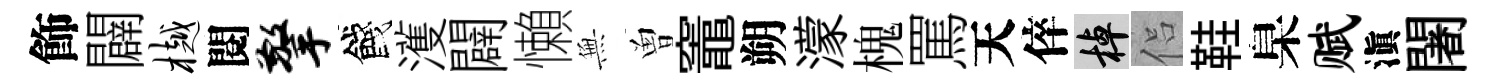
飾闢樾閱擎餞濩闢懶𭴾曽竈朔濛槐罵天倅棹侣鞋臬赋滇闍